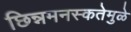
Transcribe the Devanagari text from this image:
छिन्नमनस्कतेमुळे